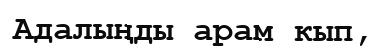
Адалыңды арам кып,